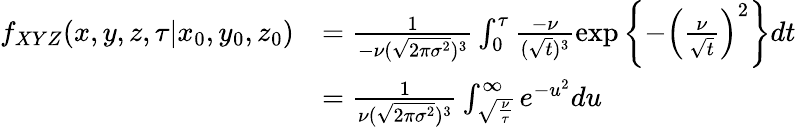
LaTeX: \begin{array}{rl}{f_{XYZ}(x,y,z,\tau\vert x_{0},y_{0},z_{0})}&{=\frac{1}{-\nu(\sqrt{2\pi\sigma^{2}})^{3}}\int_{0}^{\tau}\frac{-\nu}{(\sqrt{t})^{3}}\exp\left\lbrace-\left(\frac{\nu}{\sqrt{t}}\right)^{2}\right\rbrace dt}\\ &{=\frac{1}{\nu(\sqrt{2\pi\sigma^{2}})^{3}}\int_{\sqrt{\frac{\nu}{\tau}}}^{\infty}e^{-u^{2}}du}\end{array}